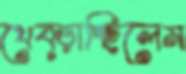
থেব্‌ড়াচ্ছিলেম